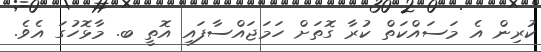
ކުރިން އެ މަސައްކަތް ކުރާ ގޮތަށް ހަމަޖައްސާފައި އޮތީ ބ. މާޅޮހުގަ އެވެ.